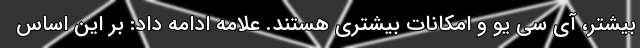
بیشتر، آی سی یو و امکانات بیشتری هستند. علامه ادامه داد: بر این اساس